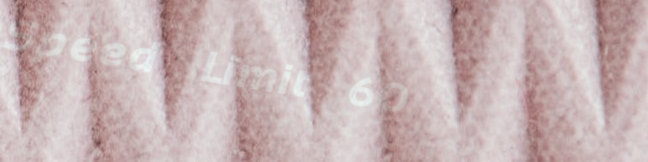
Speed Limit 60